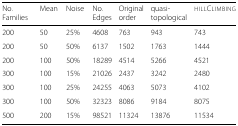
<table><thead><tr><td><b>No. Families</b></td><td><b>Mean</b></td><td><b>Noise</b></td><td><b>No. Edges</b></td><td><b>Original order</b></td><td><b>quasi-topological</b></td><td><b>hillClimbing</b></td></tr></thead><tbody><tr><td>200</td><td>50</td><td>25%</td><td>4608</td><td>763</td><td>943</td><td>743</td></tr><tr><td>200</td><td>50</td><td>50%</td><td>6137</td><td>1502</td><td>1763</td><td>1444</td></tr><tr><td>200</td><td>100</td><td>50%</td><td>18289</td><td>4514</td><td>5266</td><td>4521</td></tr><tr><td>300</td><td>100</td><td>15%</td><td>21026</td><td>2437</td><td>3242</td><td>2480</td></tr><tr><td>300</td><td>100</td><td>25%</td><td>24255</td><td>4063</td><td>5073</td><td>4102</td></tr><tr><td>300</td><td>100</td><td>50%</td><td>32323</td><td>8086</td><td>9184</td><td>8075</td></tr><tr><td>500</td><td>200</td><td>15%</td><td>98521</td><td>11324</td><td>13876</td><td>11534</td></tr></tbody></table>